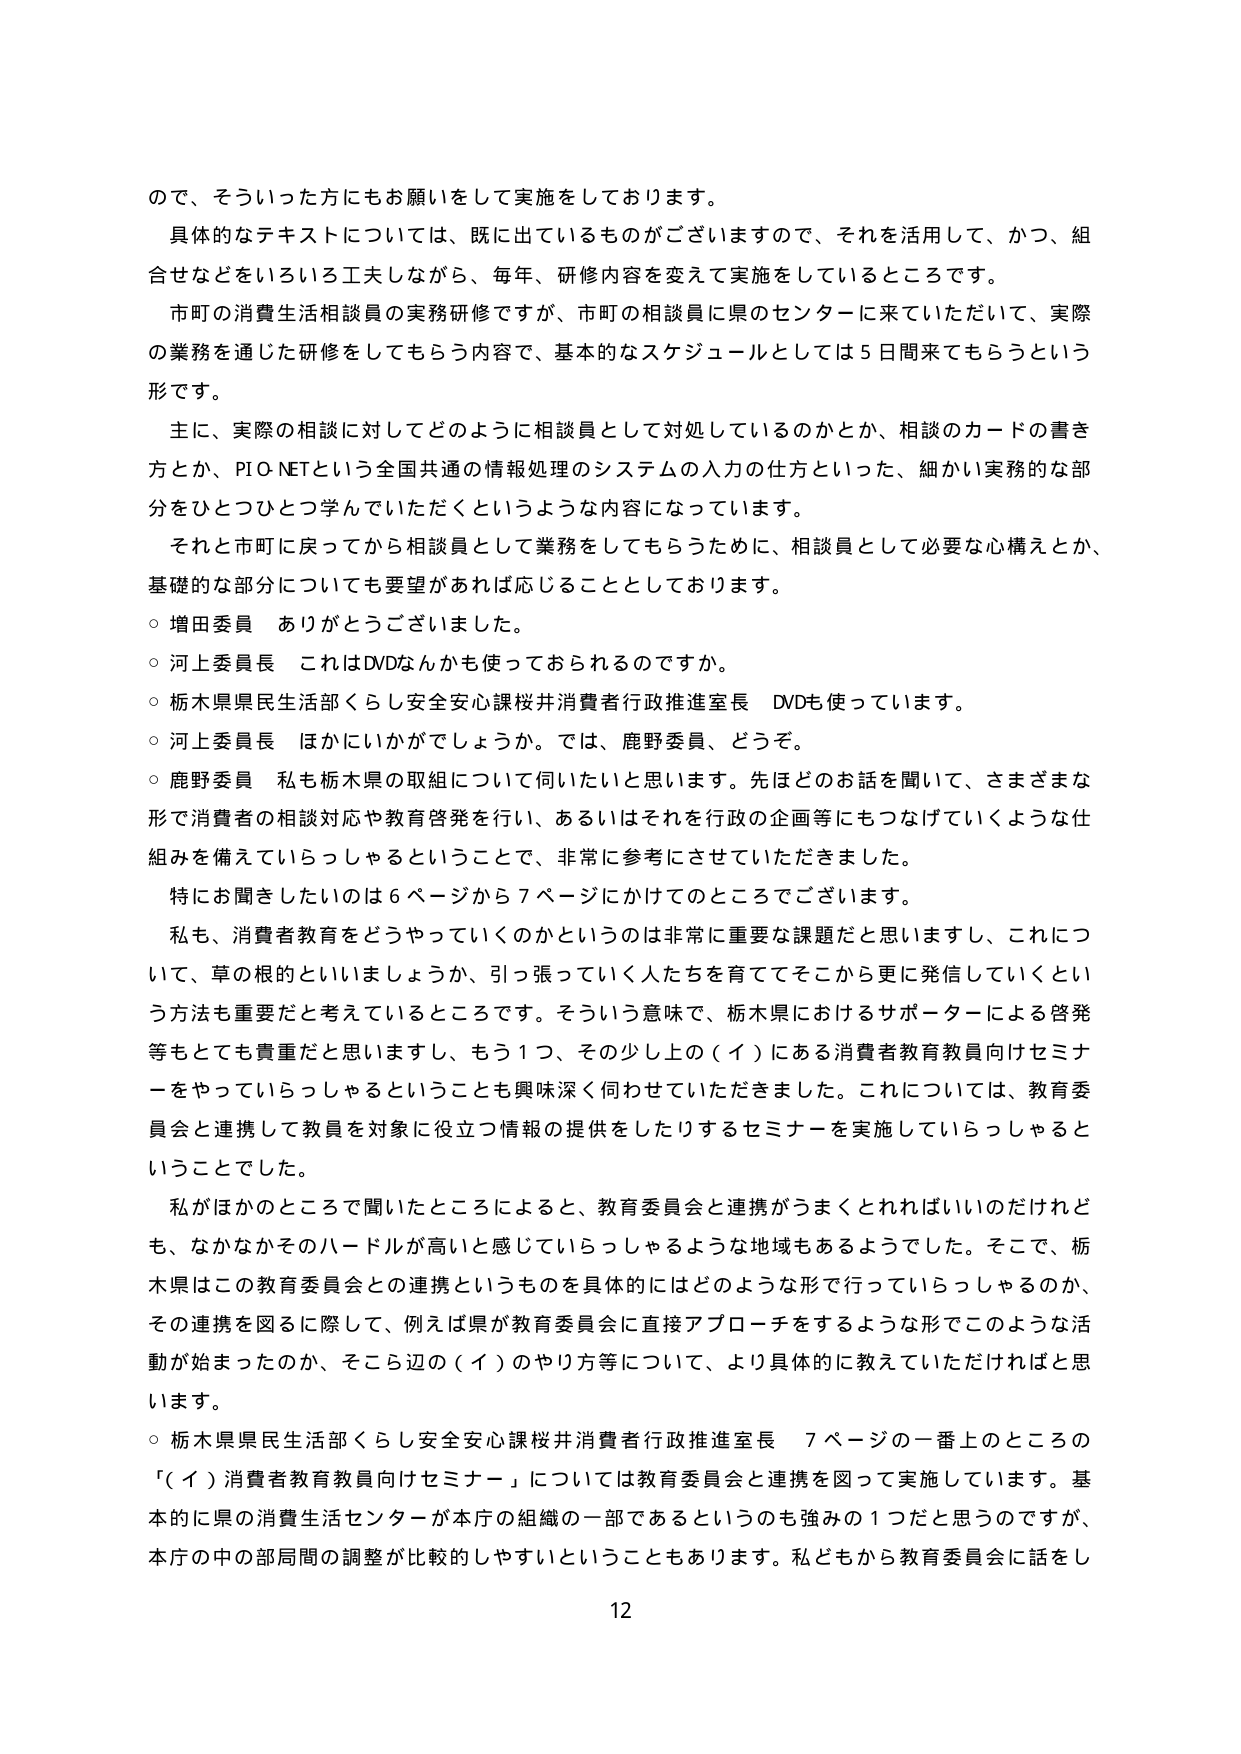
ので、そういった方にもお願いをして実施をしております。

具体的なテキストについては、既に出ているものがございますので、それを活用して、かつ、組合せなどをいろいろ工夫しながら、毎年、研修内容を変えて実施をしているところです。

市町の消費生活相談員の実務研修ですが、市町の相談員に県のセンターに来ていただいて、実際の業務を通じた研修をしてもらう内容で、基本的なスケジュールとしては5日間来てもらうという形です。

主に、実際の相談に対してどのように相談員として対処しているのかとか、相談のカードの書き方とか、PIO-NETという全国共通の情報処理のシステムの入力の仕方といった、細かい実務的な部分をひとつひとつ学んでいただくというような内容になっています。

それと市町に戻ってから相談員として業務をしてもらうために、相談員として必要な心構えとか、基礎的な部分についても要望があれば応じることとしております。

○ 増田委員 ありがとうございました。

○ 河上委員長 これはDVDなんかも使っておられるのですか。

○ 栃木県県民生活部くらし安全安心課桜井消費者行政推進室長 DVDも使っています。

○ 河上委員長 ほかにいかがでしょうか。では、鹿野委員、どうぞ。

○ 鹿野委員 私も栃木県の取組について伺いたいと思います。先ほどのお話を聞いて、さまざまな形で消費者の相談対応や教育啓発を行い、あるいはそれを行政の企画等にもつなげていくような仕組みを備えていらっしゃるということで、非常に参考にさせていただきました。

特にお聞きしたいのは6ページから7ページにかけてのところでございます。

私も、消費者教育をどうやっていくのかというのは非常に重要な課題だと思いますし、これについて、草の根のといいましょうか、引っ張っていく人たちを育ててそこから更に発信していくという方法も重要だと考えているところです。そういう意味で、栃木県におけるサポーターによる啓発等もとても貴重だと思いますし、もう1つ、その少し上の（イ）にある消費者教育教員向けセミナーをやっていらっしゃるということも興味深く伺わせていただきました。これについては、教育委員会と連携して教員を対象に役立つ情報の提供をしたりするセミナーを実施していらっしゃるということでした。

私がほかのところで聞いたところによると、教育委員会と連携がうまくとれればいいのだけれども、なかなかそのハードルが高いと感じていらっしゃるような地域もあるようでした。そこで、栃木県はこの教育委員会との連携というものを具体的にはどのような形で行っていらっしゃるのか、その連携を図るに際して、例えば県が教育委員会に直接アプローチをするような形でこのような活動が始まったのか、そこら辺の（イ）のやり方等について、より具体的に教えていただければと思います。

○ 栃木県県民生活部くらし安全安心課桜井消費者行政推進室長 7ページの一番上のところの「（イ）消費者教育教員向けセミナー」については教育委員会と連携を図って実施しています。基本的に県の消費生活センターが本庁の組織の一部であるというのも強みの1つだと思うのですが、本庁の中の部局間の調整が比較的しやすいということもあります。私どもから教育委員会に話をし

12